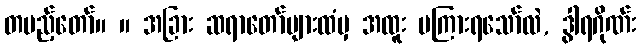
တပည့်တော်။ ။ အခြား ဆရာတော်များထံမှ အထူး မကြားရသော်လဲ, ဒွါရဂိုဏ်း